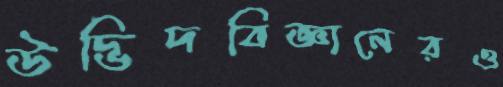
উদ্ভিদবিজ্ঞানেরও